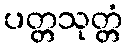
ပတ္တသုတ္တံ